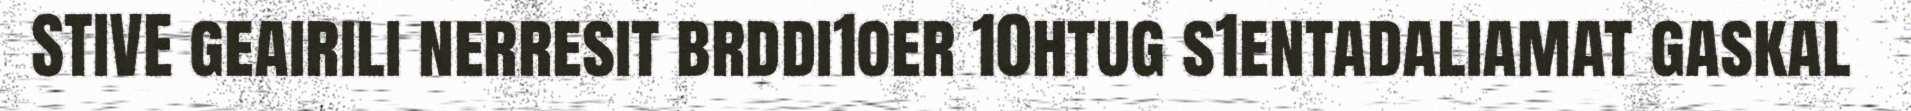
STIVE geairili nerresit brddi1oer 10htug s1entadaliamat gaskal